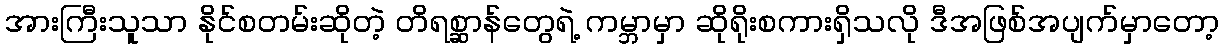
အားကြီးသူသာ နိုင်စတမ်းဆိုတဲ့ တိရစ္ဆာန်တွေရဲ့ ကမ္ဘာမှာ ဆိုရိုးစကားရှိသလို ဒီအဖြစ်အပျက်မှာတော့